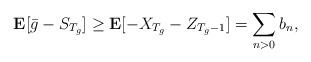
LaTeX: \begin{align*} \mathbf{E}[\bar{g}-S_{T_g}]\ge\mathbf{E}[- X_{T_g}-Z_{T_g-1}]=\sum_{n>0}b_n,\end{align*}